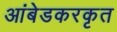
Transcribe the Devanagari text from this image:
आंबेडकरकृत